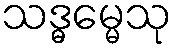
သဒ္ဓမ္မေသု